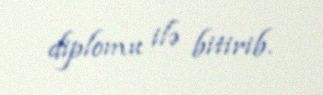
diplomu ilə bitirib.